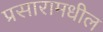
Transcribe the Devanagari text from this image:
प्रसारामधील